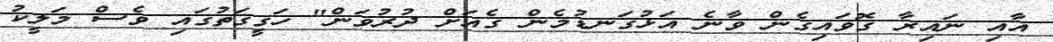
އާއި ނައިރާ ގޮވައިގެން ވާނެ އަޅުގަނޑުމެން ގެއަށް ދުރުވަން" ހަޤީޤަތުގައި ވެސް މަލީކު